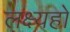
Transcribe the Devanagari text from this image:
लक्ष्यहो